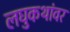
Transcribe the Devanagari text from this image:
लघुकथांवर